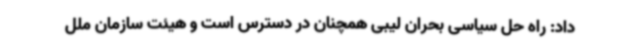
داد: راه حل سیاسی بحران لیبی همچنان در دسترس است و هیئت سازمان ملل